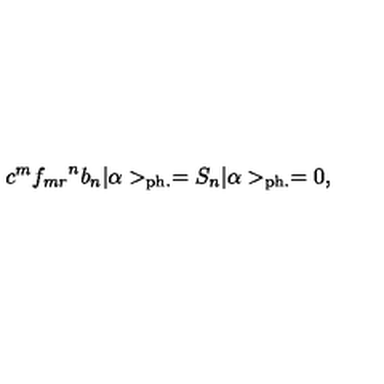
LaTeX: c ^ { m } { f _ { m r } } ^ { n } b _ { n } | \alpha > _ { \mathrm { p h . } } = S _ { n } | \alpha > _ { \mathrm { p h . } } = 0 ,